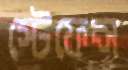
স্টেফেন্স